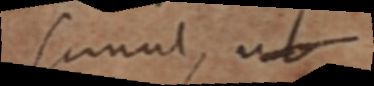
simul, ut